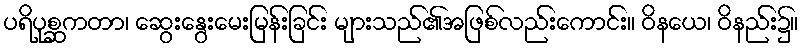
ပရိပုစ္ဆကတာ၊ ဆွေးနွေးမေးမြန်းခြင်း များသည်၏အဖြစ်လည်းကောင်း။ ဝိနယေ၊ ဝိနည်း၌။